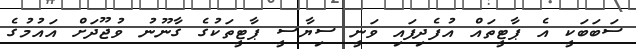
ސަބަބަކީ އެ ޕާޓީތައް އުފެދިފައި ވަނީ ސިޔާސީ ޕާޓީތަކުގެ ގާނޫނު ވުޖޫދަށް އައުމުގެ